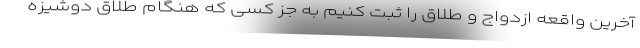
آخرین واقعه ازدواج و طلاق را ثبت کنیم به جز کسی که هنگام طلاق دوشیزه